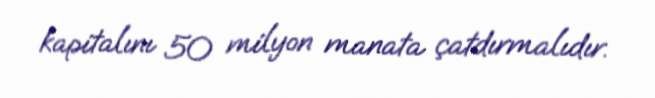
kapitalını 50 milyon manata çatdırmalıdır.